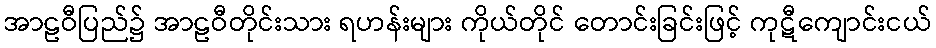
အာဠဝီပြည်၌ အာဠဝီတိုင်းသား ရဟန်းများ ကိုယ်တိုင် တောင်းခြင်းဖြင့် ကုဋီကျောင်းငယ်